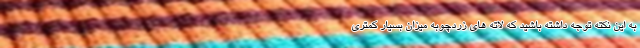
به این نکته توجه داشته باشید که لاته های زردچوبه میزان بسیار کمتری